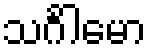
သင်္ဂါမော